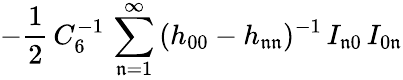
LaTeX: -\frac{1}{2}\, C_{6}^{-1}\, \sum_{\mathfrak{n}=1}^{\infty}\, (h_{00}-h_{\mathfrak{n}\mathfrak{n}})^{-1}\, I_{\mathfrak{n}0}\, I_{0\mathfrak{n}}